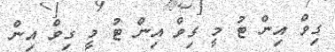
ގިވް އިން ޓު މީ ގިވް އިން ޓު މީ ގިވް އިން